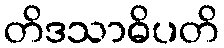
တိဒသာဓိပတိ